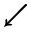
\swarrow